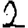
Digit: 2